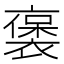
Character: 𬡭